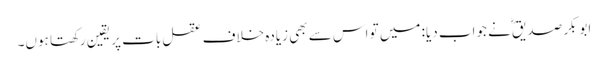
ابوبکر صدیقؓ نے جواب دیا: میں تو اس سے بھی زیادہ خلاف عقل بات پر یقین رکھتا ہوں۔